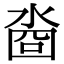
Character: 㴅